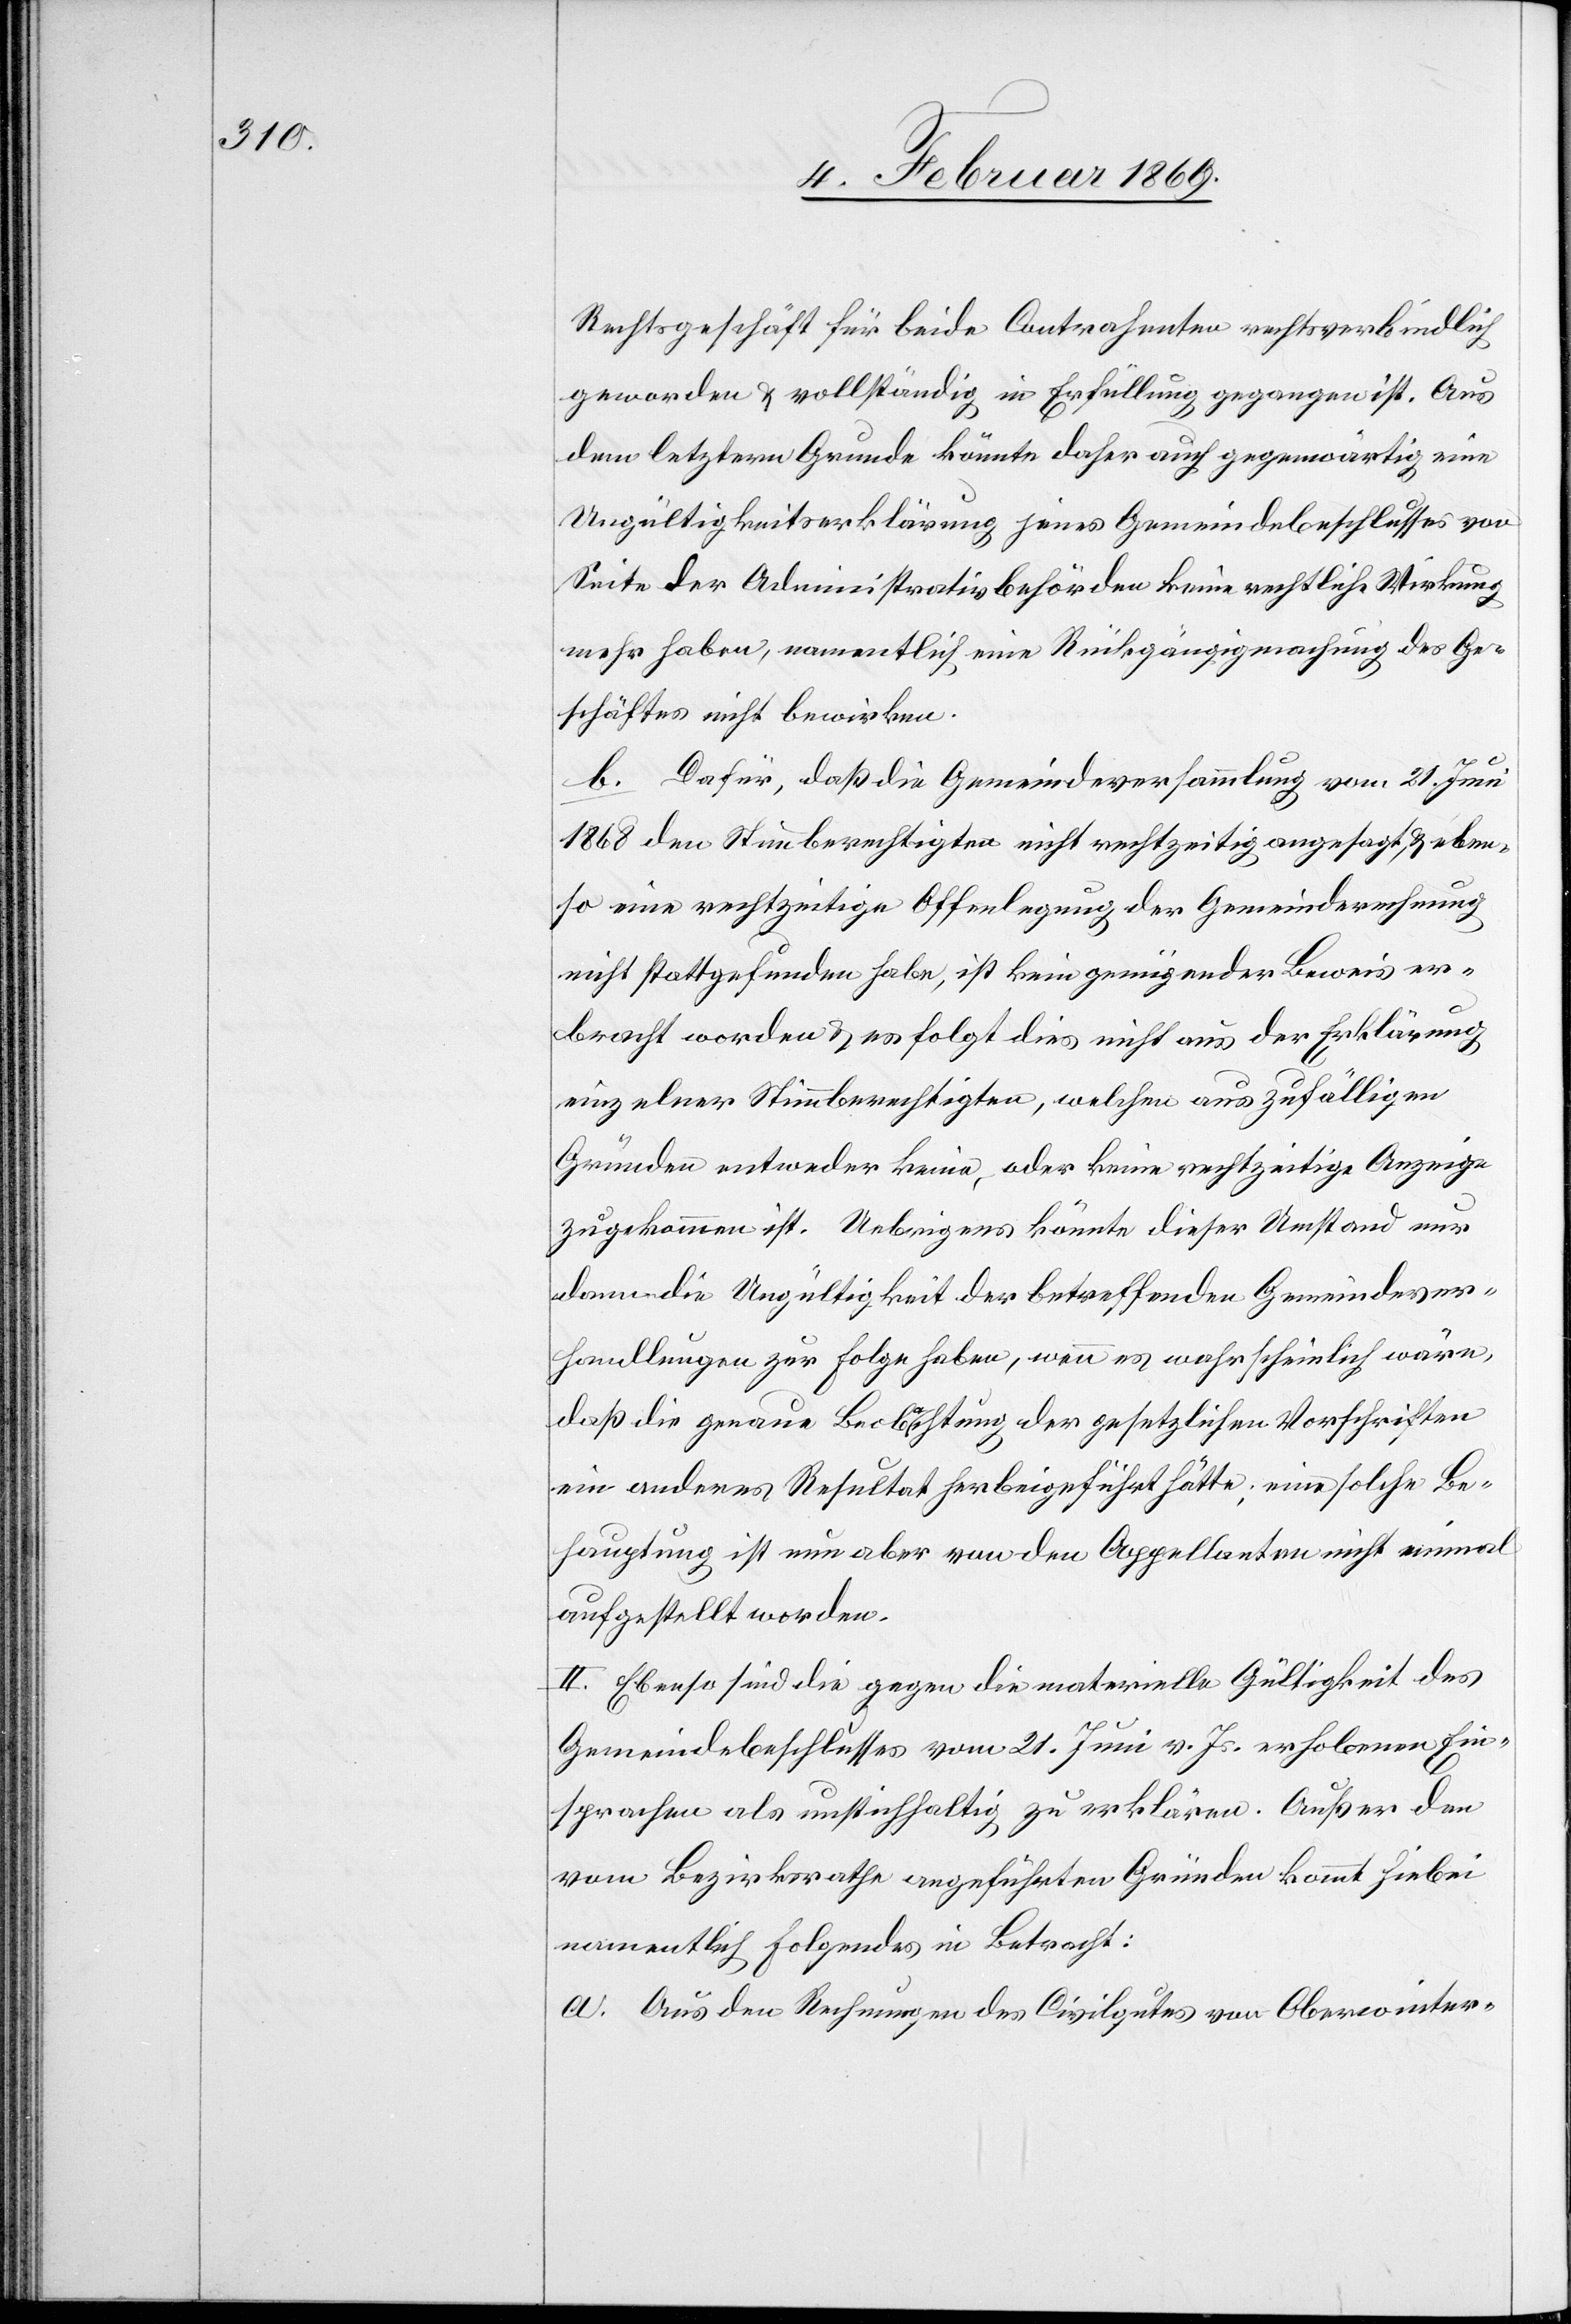
Rechtsgeschäft für beide Contrahenten rechtsverbindlich
geworden u. vollständig in Erfüllung gegangen ist. Aus
dem letztern Grunde könnte daher auch gegenwärtig eine
Ungültigkeitserklärung jenes Gemeindebeschlusses von
Seite der Administrativbehörden keine rechtliche Wirkung
mehr haben, namentlich eine Rückgängigmachung des Ge¬
schäftes nicht bewirken.
b. Dafür, daß die Gemeindsversammlung vom 21. Juni
1868 den Stimmberechtigten nicht rechtzeitig angesagt u. eben¬
so eine rechtzeitige Offenlegung der Gemeinderechnung
nicht stattgefunden habe, ist kein genügender Beweis er¬
bracht worden u. es folgt dies nicht aus der Erklärung
einzelner Stimmberechtigen, welchen aus zufälligen
Gründen entweder keine, oder keine rechtzeitige Anzeige
zugekommen ist. Uebrigens könnte dieser Umstand nur
dann die Ungültigkeit der betreffenden Gemeindsver¬
handlungen zur Folge haben, wenn es wahrscheinlich wäre,
daß die genaue Beobachtung der gesetzlichen Vorschriften
ein anderes Resultat herbeigeführt hätte; eine solche Be¬
hauptung ist nun aber von den Appellanten nicht einmal
aufgestellt worden.
II. Ebenso sind die gegen die materielle Gültigkeit des
Gemeindsbeschlusses vom 21. Juni v. Js. erhobenen Ein¬
sprachen als unstichhaltig zu erklären. Außer den
vom Bezirksrathe angeführten Gründen kommt hiebei
namentlich Folgendes in Betracht:
a. Aus den Rechnungen des Civilgutes von Oberwinter-